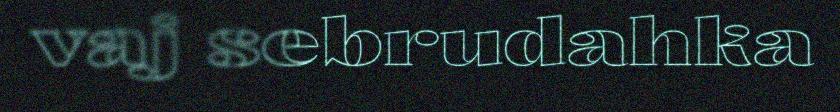
vaj sebrudahka